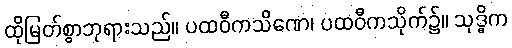
ထိုမြတ်စွာဘုရားသည်။ ပထဝီကသိဏေ၊ ပထဝီကသိုက်၌။ သုဒ္ဓိက